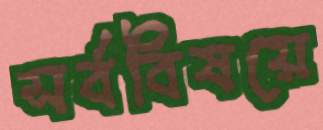
সর্ববিষয়ে